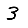
Digit: 3